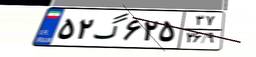
۵۲گ۶۲۵۳۷